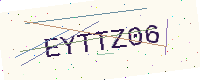
Text: EYTTZ06